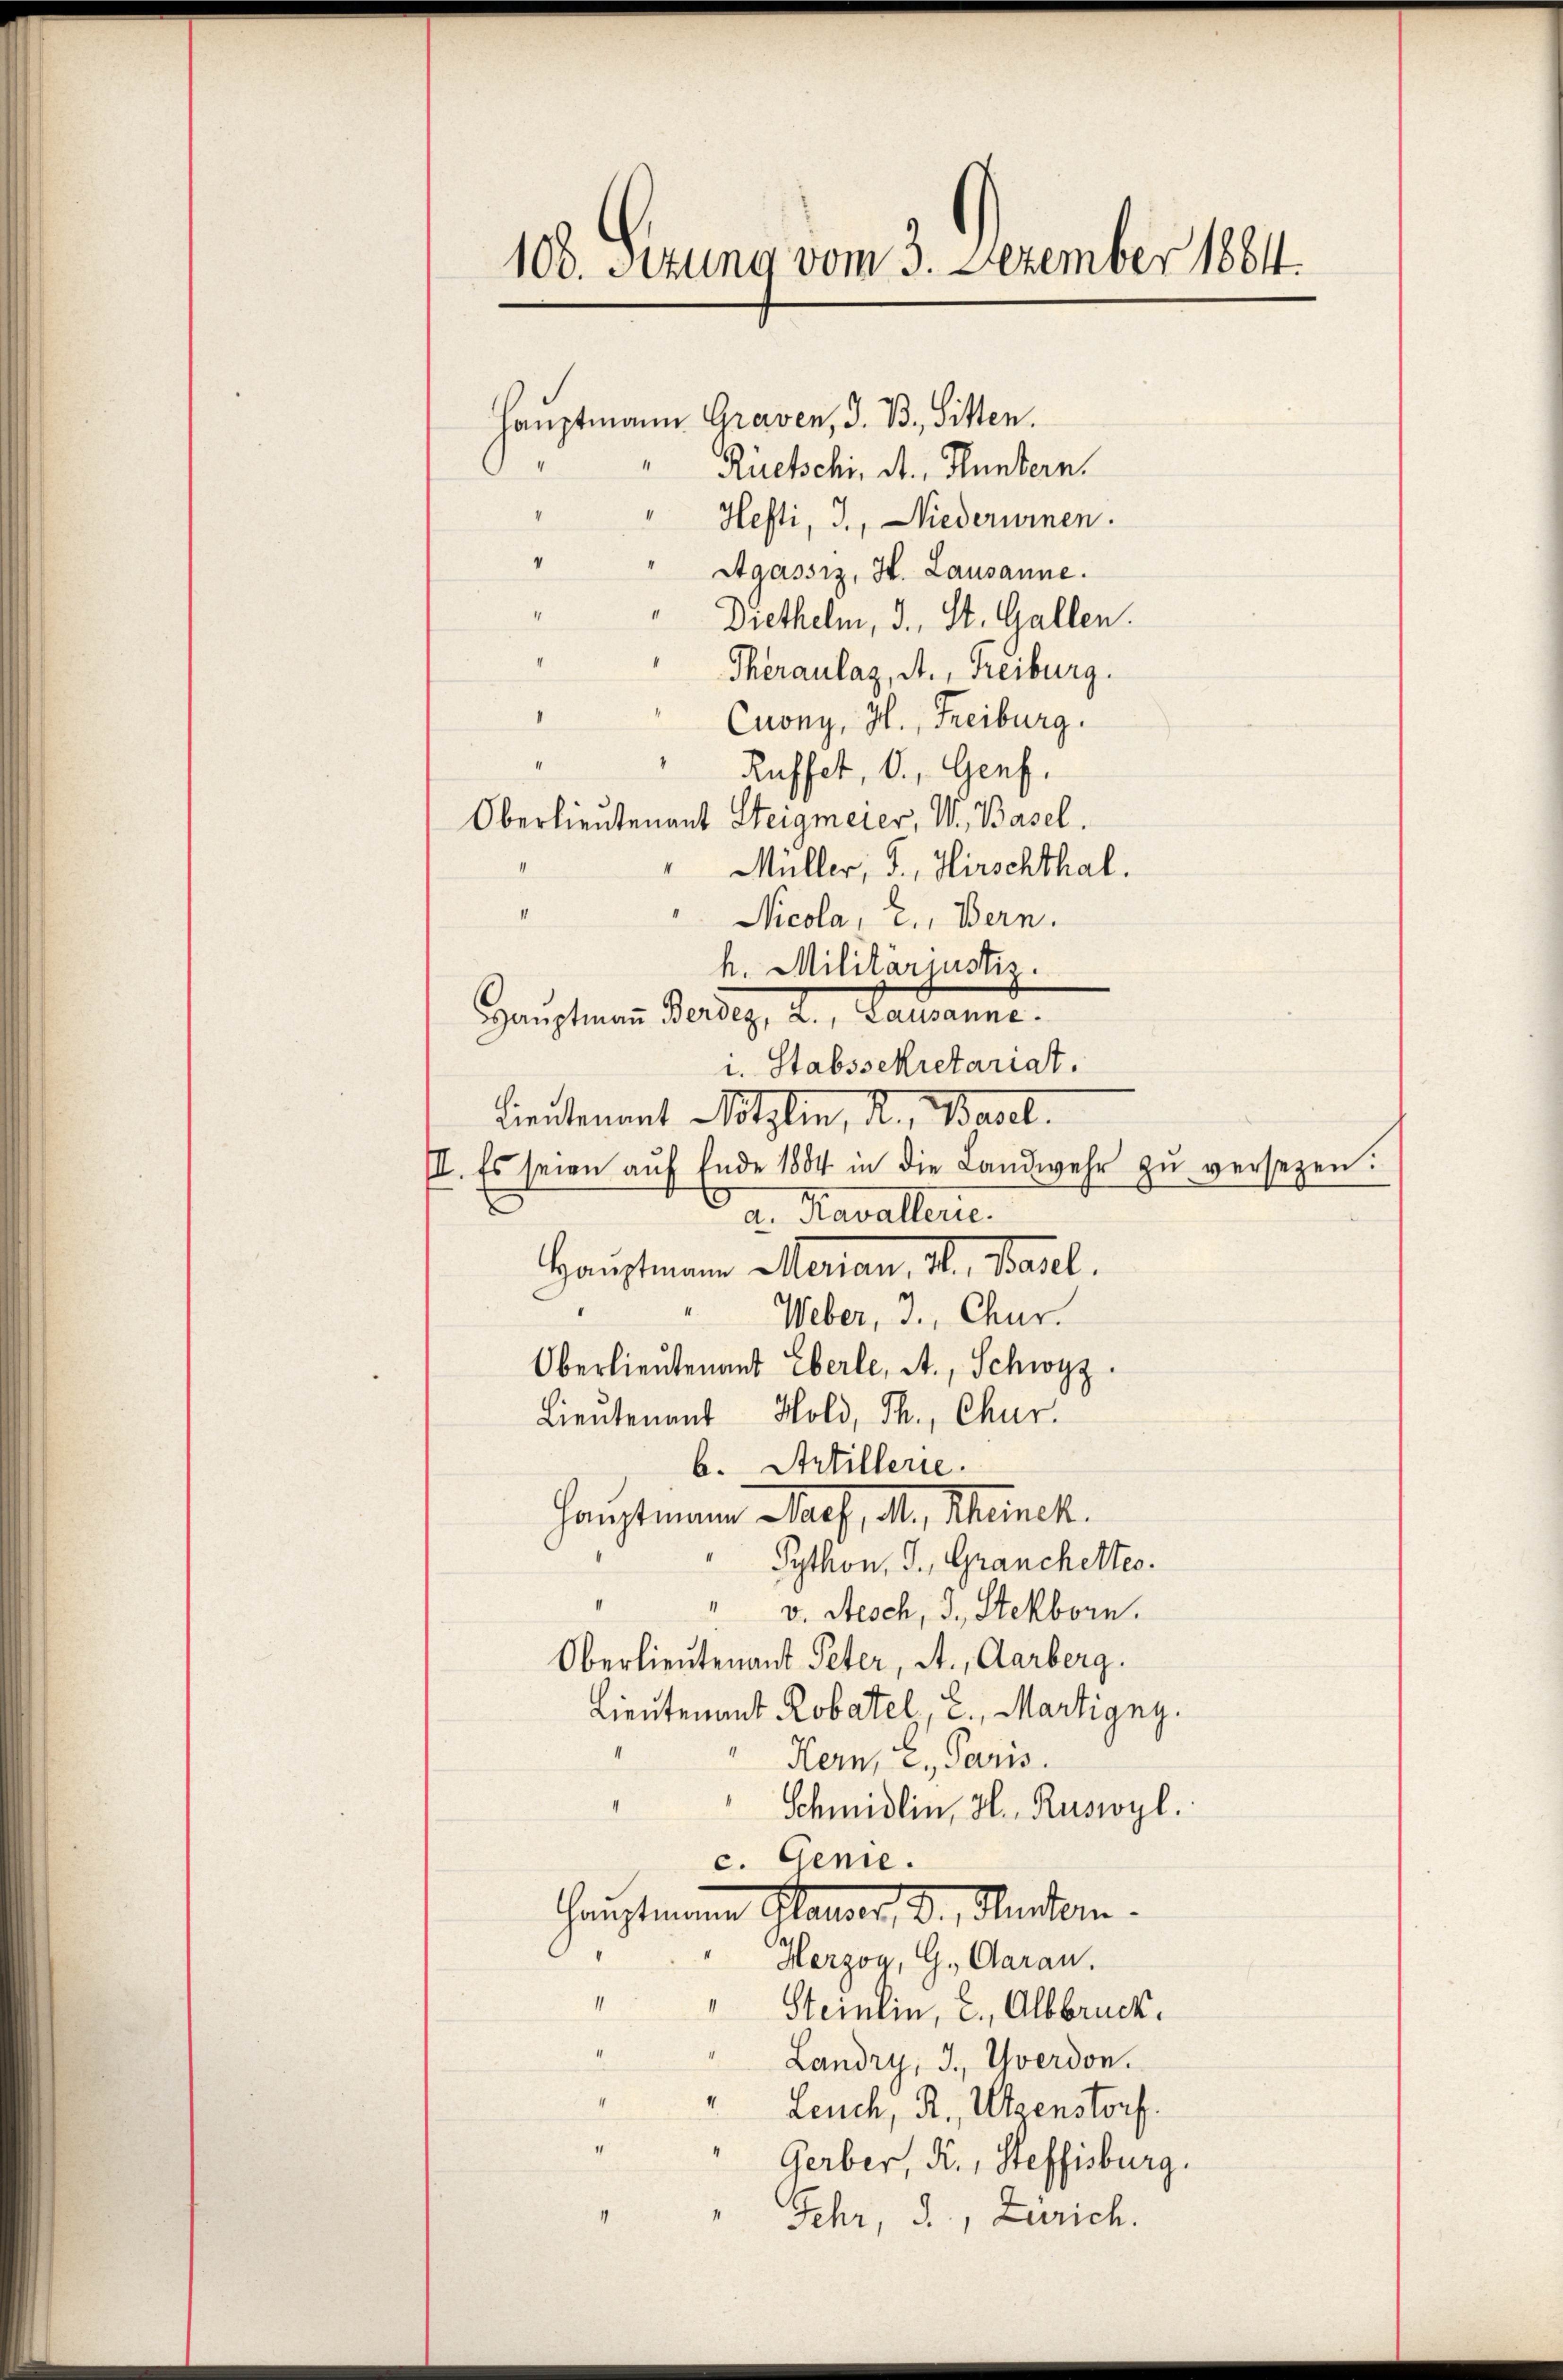
103. Sitzung vom 3. Dezember 1884.

Hauptmann Graven, d. B., Sitten.
Rückschi, A. Hundern.
Hefti, I., Niederumnen.
Agassiz, H. Lausanne.
Diethelm, 3., St. Gallen.
Theraulaz, A., Treiburg.
Cuony, H. Freiburg.
Rüffet, d. Genf.
Oberlieutenant Steigmeier, W., Basel.
Müller, J., Hirschthal.
d
Nicola, 2, Bern.
h. Militarjustiz.
Haŭptmaṅ Berdez, 2., Lausanne.
u. Stabssekretariat.
Lieutenant Metzlin, I, Bart.
II. Es seien aŭf Ende 1884 in die Landwehr zŭ versezen.
a. Kavallernt.
Hauptmann Meran, 1. Mael.
Weber, 3., Chur.
Oberlieutenant Eberle, A. Schwyz.
Lieutenant Hold, Th. Chur.
b. Artillerie.
Hauptmann Mall, d. Münch.
Sython. J., Granchettes.
v. Aesch, 3., Stekborn.
Oberlieutenant Peter, A., Aarberg.
Lieutenant Robatel, 2. Martigny.
Kern, c., Paris.
Schmidlin, H. Ruswyl.
c. Genie.
Hauptmann Planer, D. Rector.
Herzon, G. Caran.
Steinlin, C., Albbruck.
Landry, J., Yverdon.
" Leuch, R., Utzenstorf.
Gerber, Fr., Steffisburg.
Jehr, d., Zürich.